Report on sanitation, dispensaries, and jails in Rajputana for 1915, and on vaccination for the year 1915-1916 - 1915-1916
Year: 1915
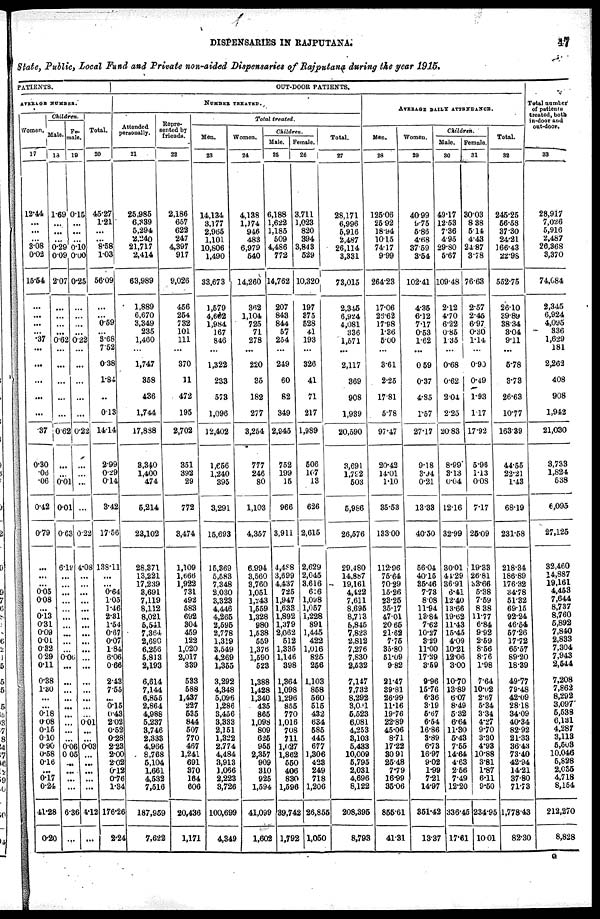
DISPENSARIES IN RAJPUTANA.
47
State, Public, Local Fund and Private non-aided Dispensaries of Rajputana during the year 1915.
PATIENTS.
AVERAGE NUMBER.
Women.
17
12.44
...
...
...
3.08
0.02
15.54
...
...
...
...
.37
...
...
...
...
...
37
0.30
.06
.06
0.42
0.79
...
...
...
0.05
0.08
...
0.13
0.31
0.09
0.01
0.32
0.29
0.11
0.38
1.80
...
...
0.18
0.08
0.15
0.10
0.90
0.58
0.16
...
0.17
0.24
41.28
0.20
Children.
Male.
18
1.69
...
...
...
0.29
0.09
2.07
...
...
...
...
0.62
...
...
...
...
...
0.62
...
...
0.01
0.01
0.63
6.18
...
...
...
...
...
...
...
...
...
...
0.00
...
...
...
...
...
...
...
...
...
0.06
0.05
...
...
...
...
6.36
...
Fe¬
male.
19
0.15
...
...
...
0.10
0.00
0.25
...
...
...
...
0.22
...
...
...
...
...
0.22
...
...
...
...
0.22
4.08
...
...
...
...
...
...
...
...
...
...
...
...
...
...
...
...
...
0.01
...
...
0.03
...
...
...
...
...
4.12
...
Total.
20
45.27
1.21
...
...
8.58
1.03
56.09
...
...
0.59
...
3.68
7.52
0.38
1.84
...
0.13
14.14
2.99
0.29
0.14
3.42
17.56
138.11
...
...
0.64
1.05
1.46
2.31
1.54
0.67
0.07
1.84
6.06
0.66
2.43
7.55
...
0.15
0.48
2.02
0.52
0.28
2.28
2.00
2.02
0.12
0.76
1.84
176.26
2.24
OUT-DOOR PATIENTS.
NUMBER TREATED.
Attended
personally.
21
25,985
6,389
5,294
2,240
21,717
2,414
63,989
1,889
6,670
3,349
235
1,460
...
1,747
858
436
1,744
17,888
3,340
1,400
474
5,214
23,102
28,371
13,221
17,239
3,691
7,119
8,112
8,021
5,541
7,364
2,690
6,256
5,813
2,193
6,614
7,144
6,855
2,864
4,988
5,237
3,746
2,333
4,966
8,768
5,104
1,661
4,532
7,516
187,959
7,622
Repre-
sented by
friends.
22
2,186
657
622
247
4,397
917
9,026
456
254
732
101
111
...
370
11
472
195
2,702
351
392
29
772
3,474
1,109
1,666
1,922
731
492
583
692
804
459
122
1,020
2,017
339
533
588
1,437
227
535
844
507
770
467
1,241
691
870
164
606
20,436
1,171
Total treated.
Men.
23
14,134
3,177
2,965
1,101
10,806
1,490
33,673
1,579
4,602
1,984
167
846
...
1,322
233
573
1,096
12,402
1,658
1,240
395
3,291
15,693
15,369
5,583
7,348
2,030
3,323
4,446
4,265
2,595
2,778
1,319
3,549
4,269
1,355
3,292
4,348
5,096
1,286
3,456
3,333
2,151
1,322
2,774
4,484
3,913
1,066
2,223
3,726
100,699
4,349
Women.
24
4,138
1,174
946
483
6,979
540
14,260
362
1,104
725
71
278
...
220
35
182
277
3,254
777
246
80
1,103
4,357
6,994
3,560
3,760
1,051
1,243
1,559
1,328
980
1,538
559
1,376
1,590
523
1,388
1,428
1,340
435
865
1,098
809
625
955
2,357
909
310
926
1,594
41,099
1,602
Children.
Male.
25
6,188
1,622
1,185
509
4,486
772
14,762
207
843
844
57
254
...
249
60
82
349
2,945
752
199
15
966
3,911
4,488
3,699
4,437
725
1,947
1,633
1,892
1,379
2,062
512
1,335
1,146
398
1,364
1,098
1,296
855
770
1,016
708
711
1,027
1,862
550
406
830
1,596
89,742
1,792
Female.
26
3,711
1,023
820
394
3,843
529
10,320
197
875
528
41
193
...
326
41
71
217
1,989
506
167
13
626
2,615
2,629
2,045
3,616
616
1,098
1,057
1,228
891
1,445
422
1,016
825
256
1,103
858
560
515
432
634
585
445
677
1,306
423
249
718
1,206
26,855
1,050
Total.
27
28,171
6,996
5,916
2,487
26,114
3,331
73,015
2,345
6,924
4,081
336
1,571
...
2,117
369
908
1,939
20,590
3,691
1,792
503
5,986
26,576
29,480
14.887
19,161
4,422
7,611
8,695
8,713
5,845
7,823
2,812
7,276
7,830
2,532
7,147
7,732
8,292
3,021
5,523
6,081
4,253
8,103
5,433
10,009
5,795
2,031
4,696
8,122
208,395
8,793
AVERAGE DAILY ATTENDANCE.
Men.
28
125.06
25.92
18.94
10.15
74.17
9.99
264.23
17.06
26.62
17.98
1.36
5.00
...
3.61
2.25
17.81
5.78
97.47
20.42
14.01
1.10
35.53
183.00
112.96
75.64
70.29
15.26
23.25
35.17
47.01
20.65
21.62
7.75
35.80
51.09
9.82
21.47
39.81
26.99
11.16
19.76
22.89
45.06
8.71
17.22
80.91
25.48
7.79
16.99
35.06
855.61
41.31
Women.
29
40.99
9.75
5.86
4.68
37.59
3.54
102.41
4.35
6.12
7.17
0.53
1.62
...
0.59
0.37
4.85
1.57
27.17
9.18
3.94
0.21
13.38
40.50
56.04
40.15
35.46
7.73
8.08
11.94
13.84
7.62
10.27
3.29
11.00
17.29
3.59
9.96
15.76
6.36
3.19
5.67
6.54
16.86
3.89
6.73
16.97
9.02
1.99
7.21
14.97
851.42
13.37
Children.
Male.
30
49.17
12.53
7.36
4.95
29.80
5.67
109.48
2.12
4.70
6.22
0.85
1.35
...
0.68
0.62
2.04
2.25
20.83
8.99
8.13
0.04
12.16
32.99
30.01
44.29
36.91
6.41
12.40
13.66
19.62
11.43
15.45
4.09
10.21
12.06
3.00
10.70
13.89
6.07
8.49
5.32
6.64
11.30
5.43
7.55
14.64
4.63
2.56
7.49
12.20
336.45
17.61
Female.
31
30.03
8.38
5.14
4.43
24.87
3.78
76.63
2.57
2.45
6.97
0.30
1.14
...
0.90
0.49
1.93
1.17
17.92
5.96
1.13
0.08
7.17
25.09
19.33
26.81
33.66
5.38
7.59
8.38
11.77
6.84
9.92
2.59
8.56
8.76
1.98
7.64
10.02
2.67
5.34
3.34
4.27
9.70
3.30
4.93
10.88
3.81
1.87
6.11
9.50
234.95
10.01
Total.
32
245.25
56.58
37.30
24.21
166.43
22.98
532.75
26.10
39.89
38.34
3.04
9.11
...
5.78
3.73
26.63
10.77
163.39
44.55
22.21
1.43
68.19
231.58
218.34
186.89
176.32
34.78
51.32
69.15
92.24
46.54
57.26
17.72
65.57
89.20
18.89
49.77
79.48
42.09
28.18
34.09
40.34
82.92
21.33
36.43
73.40
42.94
14.21
87.80
71.73
1,778.43
82.30
Total number
of patients
treated, both
in-door and
out-door.
33
28,917
7,026
5,916
2,487
26,368
3,370
74,084
2,345
6,924
4,095
336
1,629
181
2,262
408
908
1,942
21,030
3,733
1,824
538
6,095
27,125
32,460
14,887
19,161
4,453
7,644
8,737
8,760
5,892
7,840
2,833
7,304
7,943
2,544
7,208
7,862
8,292
3,097
5,538
6,131
4,287
3,113
5,503
10,046
5,828
2,085
4,718
8,154
212,270
8,828
G